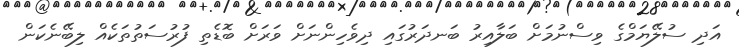
އަދި ސުލޭޔަމްގެ ވިސްނުމަށް ބަލާއިރު ބަނދަރުގައި ދިވެހިންނަށް ވަރަށް ބޮޑެތި ފުރުސަތުތަކެއް ލިބޭނެކަން